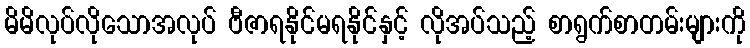
မိမိလုပ်လိုသောအလုပ် ဗီဇာရနိုင်မရနိုင်နှင့် လိုအပ်သည့် စာရွက်စာတမ်းများကို